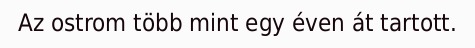
Az ostrom több mint egy éven át tartott.